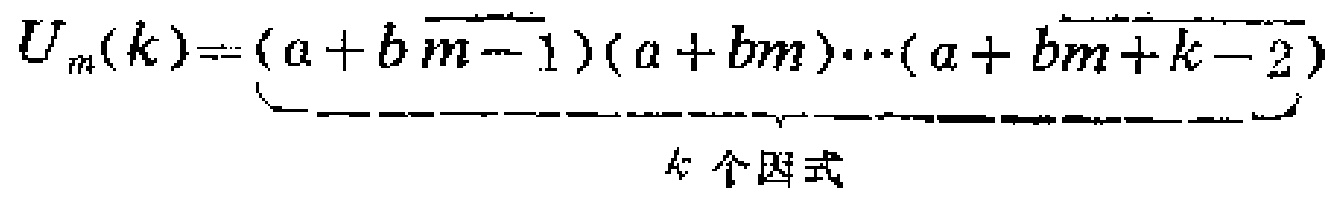
\[U_{m}(k)=\underbrace{(a + b\overline{m - 1})(a + bm)\cdots(a + b\overline{m + k - 2})}_{k\text{ 个因式}}\]